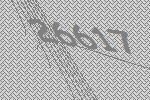
26617